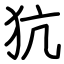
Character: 犺